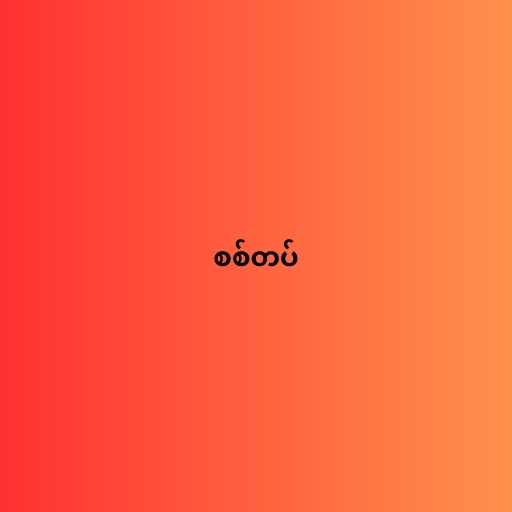
စစ်တပ်